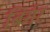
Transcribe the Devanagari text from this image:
बिर्गर